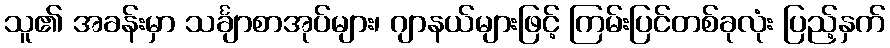
သူ၏ အခန်းမှာ သင်္ချာစာအုပ်များ၊ ဂျာနယ်များဖြင့် ကြမ်းပြင်တစ်ခုလုံး ပြည့်နှက်